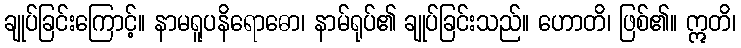
ချုပ်ခြင်းကြောင့်။ နာမရူပနိရောဓော၊ နာမ်ရုပ်၏ ချုပ်ခြင်းသည်။ ဟောတိ၊ ဖြစ်၏။ ဣတိ၊